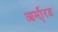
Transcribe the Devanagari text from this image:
आर्मो्रड